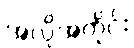
အလိုအတိုင်း